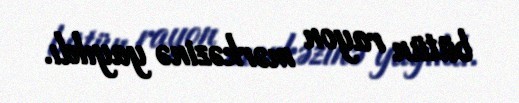
bütün rayon mərkəzinə yayıldı.